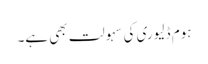
ہوم ڈلیوری کی سہولت بھی ہے۔